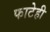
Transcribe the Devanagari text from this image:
फाटेही